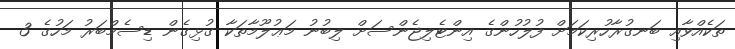
ތަކެއްވާއި ބަނގުރާހުރިކަމަށް ފުލުހުންގެ އިންޓެލިޖެންސަށް ލިބުނު މަޢުލޫމާތަކާ ގުޅިގެން ޑިސެމްބަރު މަހުގެ 3